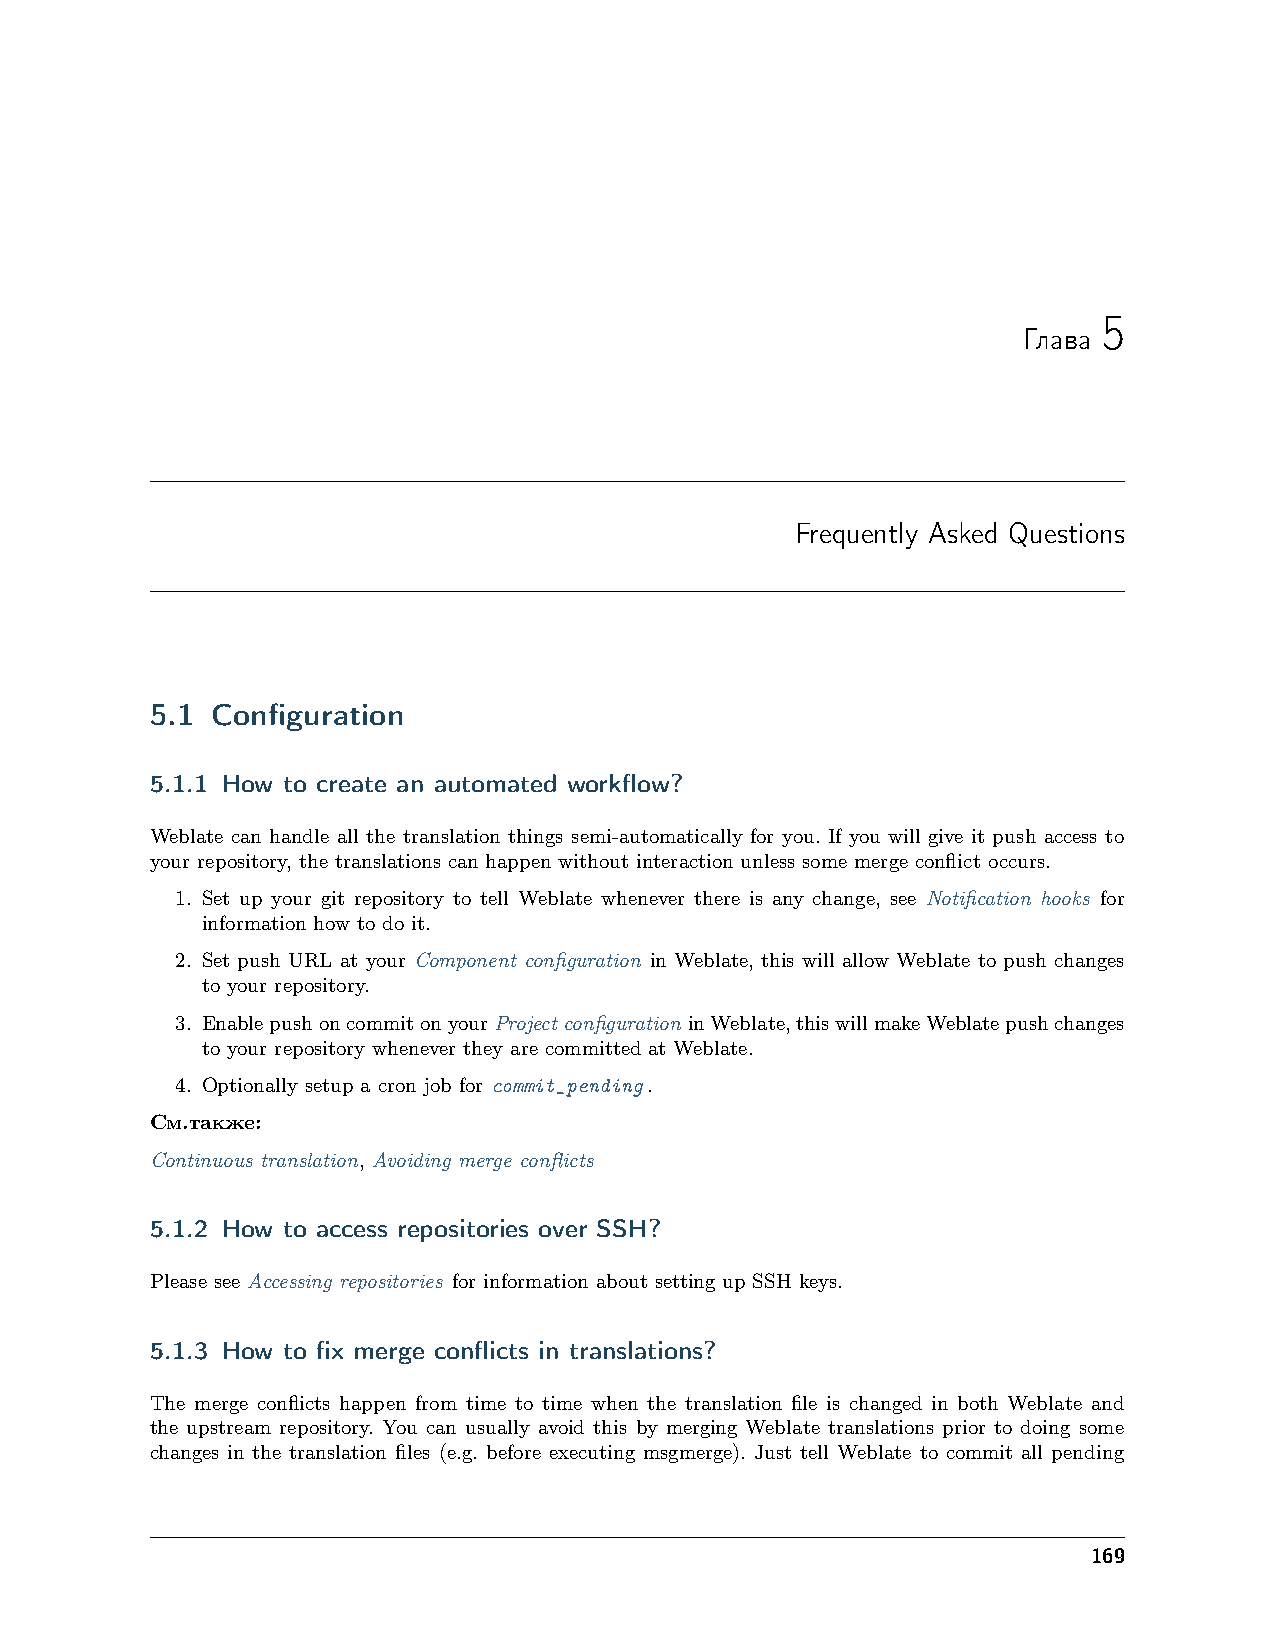
5
 Глава
 Frequently Asked Questions
 5.1 Configuration
 5.1.1 How to create an automated workflow?
 Weblate can handle all the translation things semi-automatically for you. If you will give it push access to
 your repository, the translations can happen without interaction unless some merge conflict occurs.
 1. Set up your git repository to tell Weblate whenever there is any change, see Notification hooks for
 information how to do it.
 2. Set push URL at your Component configuration in Weblate, this will allow Weblate to push changes
 to your repository.
 3. EnablepushoncommitonyourProject configuration inWeblate,thiswillmakeWeblatepushchanges
 to your repository whenever they are committed at Weblate.
 4. Optionally setup a cron job for commit_pending.
 См.также:
 Continuous translation, Avoiding merge conflicts
 5.1.2 How to access repositories over SSH?
 Please see Accessing repositories for information about setting up SSH keys.
 5.1.3 How to fix merge conflicts in translations?
 The merge conflicts happen from time to time when the translation file is changed in both Weblate and
 the upstream repository. You can usually avoid this by merging Weblate translations prior to doing some
 changes in the translation files (e.g. before executing msgmerge). Just tell Weblate to commit all pending
 169